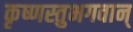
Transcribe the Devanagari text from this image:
कृष्णस्तुभगवान्